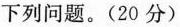
下列问题。(20分)